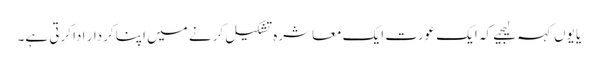
یا یوں کہہ لیجیے کہ ایک عورت ایک معاشرہ تشکیل کرنے میں اپنا کردار ادا کرتی ہے۔